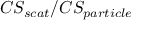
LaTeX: C S _ { s c a t } / C S _ { p a r t i c l e }